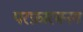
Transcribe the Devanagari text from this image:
परफ़ारमनग